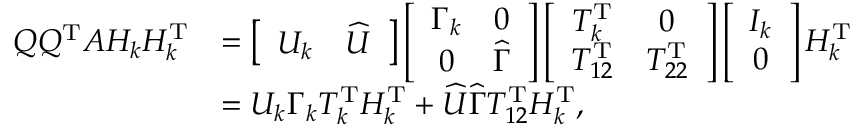
\begin{array} { r l } { Q Q ^ { \mathrm { T } } A H _ { k } H _ { k } ^ { \mathrm { T } } } & { = \left[ \begin{array} { l l } { U _ { k } } & { \widehat { U } } \end{array} \right] \left[ \begin{array} { c c } { \Gamma _ { k } } & { 0 } \\ { 0 } & { \widehat { \Gamma } } \end{array} \right] \left[ \begin{array} { c c } { T _ { k } ^ { \mathrm { T } } } & { 0 } \\ { T _ { 1 2 } ^ { \mathrm { T } } } & { T _ { 2 2 } ^ { \mathrm { T } } } \end{array} \right] \left[ \begin{array} { c } { I _ { k } } \\ { 0 } \end{array} \right] H _ { k } ^ { \mathrm { T } } } \\ & { = U _ { k } \Gamma _ { k } T _ { k } ^ { \mathrm { T } } H _ { k } ^ { \mathrm { T } } + \widehat { U } \widehat { \Gamma } T _ { 1 2 } ^ { \mathrm { T } } H _ { k } ^ { \mathrm { T } } , } \end{array}